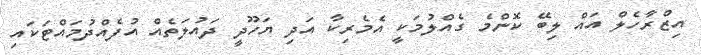
އިޒްރާހެލް އައް ލިބޭ ކޮންމެ ގެއްލުމަކީ އެމެރިކާ އަދި ޔަހޫދީ ދައުލަތެއް އުފެއްދުމައްޓަކައި